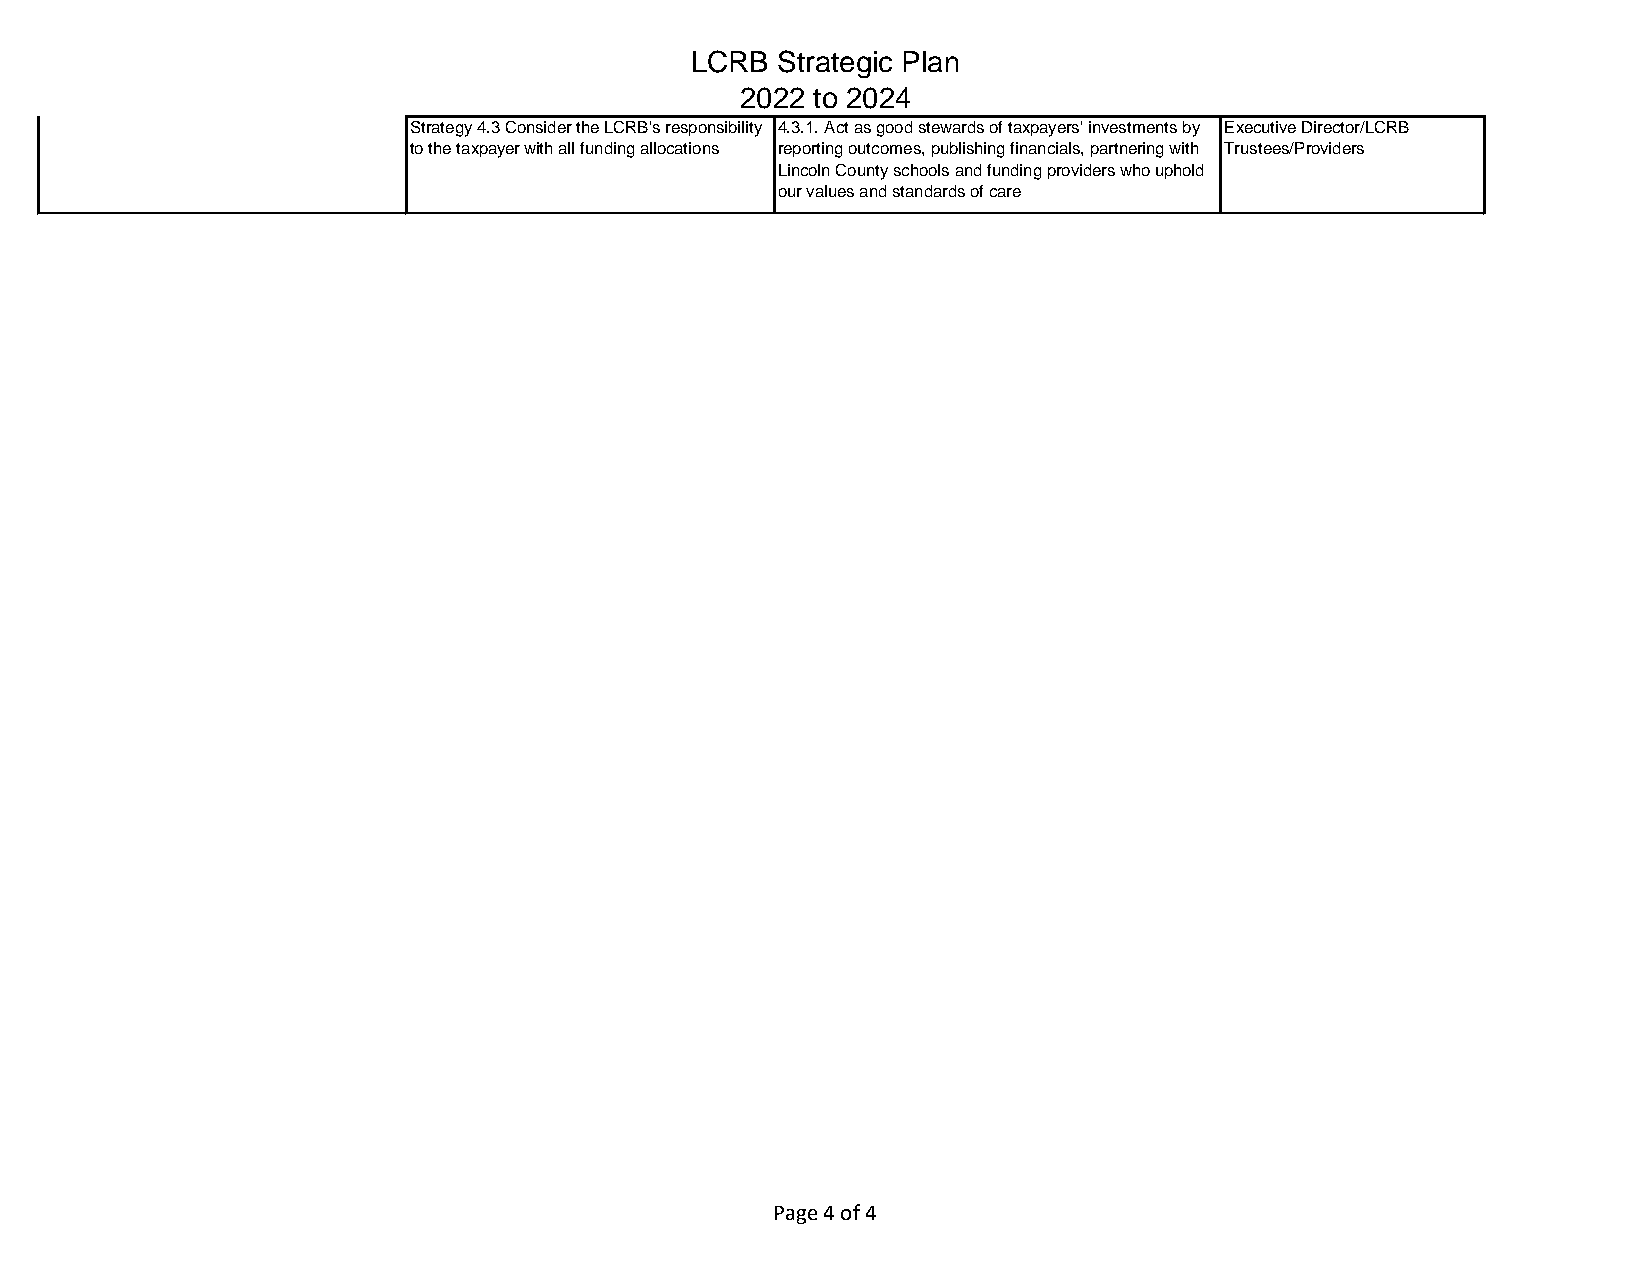
Goal #4: Ensure the LCRB's long-
 term organizational viability
 LCRB Strategic Plan
 2022 to 2024
 Strategy 4.3 Consider the LCRB's responsibility 4.3.1. Act as good stewards of taxpayers' investments by Executive Director/LCRB
 to the taxpayer with all funding allocations reporting outcomes, publishing financials, partnering with Trustees/Providers
 Lincoln County schools and funding providers who uphold
 our values and standards of care
 Page 4 of 4